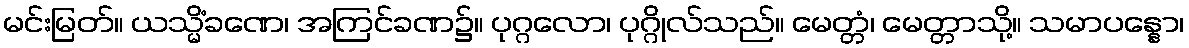
မင်းမြတ်။ ယသ္မိံခဏေ၊ အကြင်ခဏ၌။ ပုဂ္ဂလော၊ ပုဂ္ဂိုလ်သည်။ မေတ္တံ၊ မေတ္တာသို့။ သမာပန္နော၊